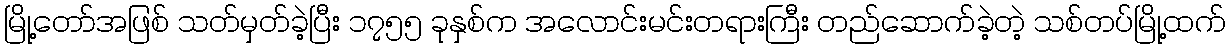
မြို့တော်အဖြစ် သတ်မှတ်ခဲ့ပြီး ၁၇၅၅ ခုနှစ်က အလောင်းမင်းတရားကြီး တည်ဆောက်ခဲ့တဲ့ သစ်တပ်မြို့ထက်